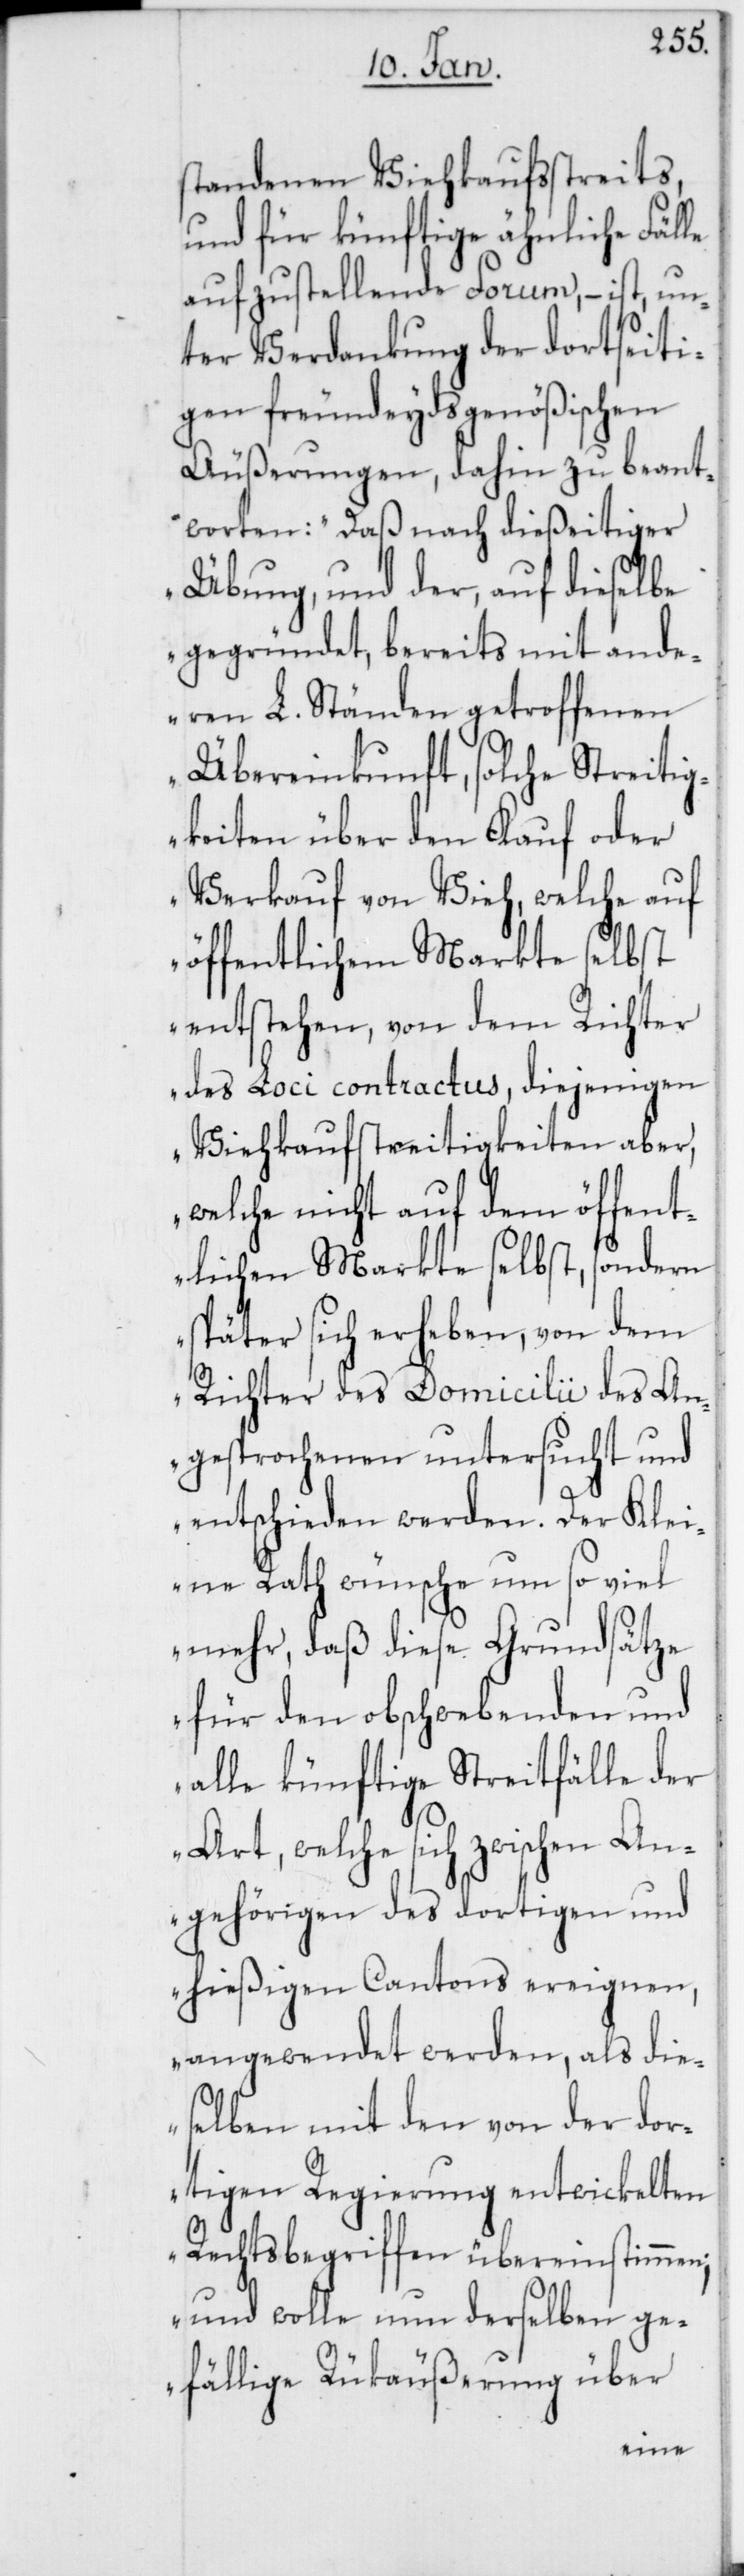
standenen Viehkaufsstreits,
und für künftige ähnliche Fälle
aufzustellende Forum, – ist un¬
ter Verdankung der dortseiti¬
gen freundeydsgenößischen
Äußerungen, dahin zu beant¬
worten: „Daß nach dießeitiger
Übung, und der, auf dieselbe
gegründet, bereits mit ande¬
ren L. Ständen getroffenen
Übereinkunft, solche Streiti¬
gkeiten über den Kauf oder
Verkauf von Vieh, welche auf
öffentlichem Markte selbst
entstehen, von dem Richter
des Loci contractus, diejenigen
Viehkaufstreitigkeiten aber,
welche nicht auf dem öffen¬
tlichen Markte selbst, sondern
später sich erheben, von
Richter des Domicilii des An¬
und
gesprochenen untersucht
entschieden werden. Der
eine Rath wünsche um so viel
mehr, daß diese Grundsätze
eignen,
für den obschwebe¬
alle künftige Streitfälle der
An¬
Art, welche sich zwisc¬
gehörigen des dortigen und
hießigen Cantons er¬
angewendet werden, als die¬
selben mit den von der dor¬
tigen Regierung entwickelten
Rechtsbegriffen übereinstimmen;
und wolle nun derselben ge¬
fällige Rückäußerung über